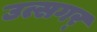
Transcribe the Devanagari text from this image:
उत्सगर्